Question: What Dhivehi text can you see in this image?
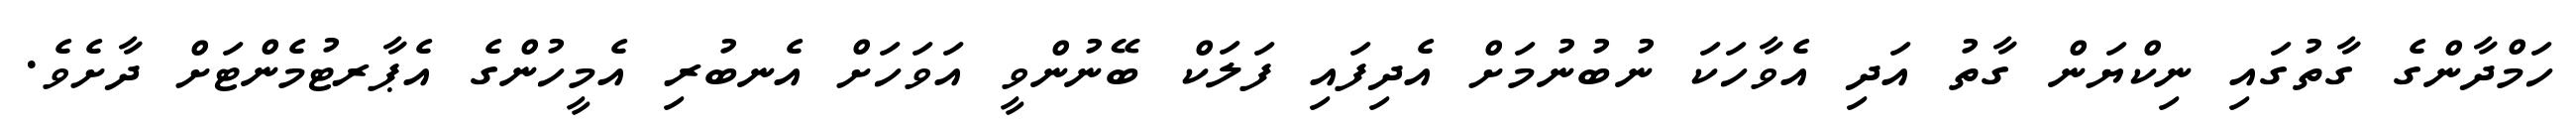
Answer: ހަމްދާންގެ ގާތުގައި ނިކްޔަން ގާތު އަދި އެވާހަކަ ނުބުނުމަށް އެދިފައި ފަލަކް ބޭނުންވީ އަވަހަށް އެނބުރި އެމީހުންގެ އެޕާރޓުމެންޓަށް ދާށެވެ.